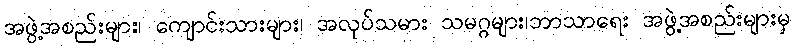
အဖွဲ့အစည်းများ၊ ကျောင်းသားများ၊ အလုပ်သမား သမဂ္ဂများ၊ဘာသာရေး အဖွဲ့အစည်းများမှ